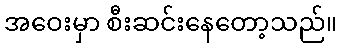
အဝေးမှာ စီးဆင်းနေတော့သည်။